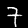
Label: 7